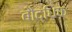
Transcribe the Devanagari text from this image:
बौद्धिक